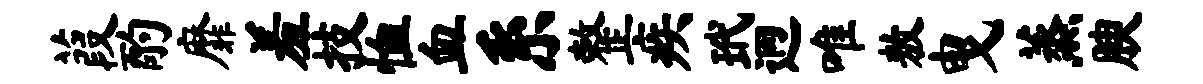
葭酌靡羞技恤血系整疾玳迥唯敖曳蒸腴